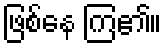
ဖြစ်နေ ကြ၏။